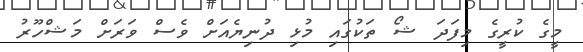
މީގެ ކުރީގެ މިފަދަ ޝޯ ތަކުގައި މުޅި ދުނިޔެއަށް ވެސް ވަރަށް މަޝްހޫރު